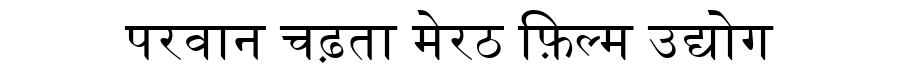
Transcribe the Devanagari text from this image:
परवान चढ़ता मेरठ फ़िल्म उद्योग